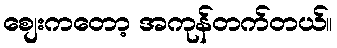
စျေးကတော့ အကုန်တက်တယ်။